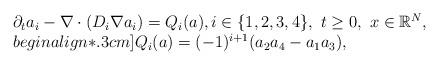
LaTeX: \begin{align*}\begin{array}{l}\partial_t a_i-\nabla\cdot(D_i\nabla a_i)=Q_i(a),i\in\{1,2,3,4\},\ t\geq 0,\ x\in\mathbb R^N,\\begin{align*}.3cm]Q_i(a)=(-1)^{i+1}(a_2a_4-a_1a_3),\end{array}\end{align*}